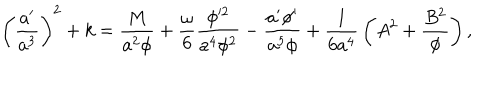
\left( { \frac { a ^ { \prime } } { a ^ { 3 } } } \right) ^ { 2 } + k = { \frac { M } { a ^ { 2 } \phi } } + { \frac { \omega } { 6 } } { \frac { \phi ^ { 2 } } { a ^ { 4 } \phi ^ { 2 } } } - { \frac { a ^ { \prime } \phi ^ { \prime } } { a ^ { 5 } \phi } } + { \frac { 1 } { 6 a ^ { 4 } } } \left( A ^ { 2 } + { \frac { B ^ { 2 } } { \phi } } \right) ,